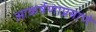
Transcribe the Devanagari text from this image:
आकर्षणाप्रमाणे